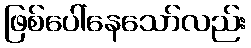
ဖြစ်ပေါ်နေသော်လည်း